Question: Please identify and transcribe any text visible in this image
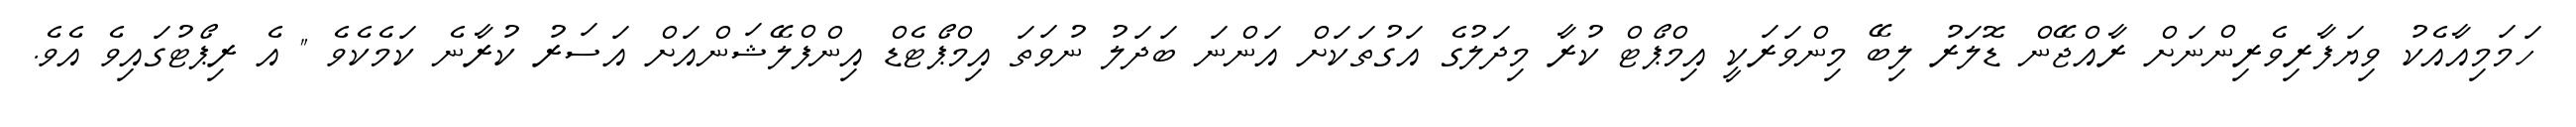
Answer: ހަމަމިއާއެކު ވިޔަފާރިވެރިންނަށް ރާއްޖޭން ޑޮލަރު ލިބޭ މިންވަރަކީ އިމްޕޯޓް ކުރާ މިދަލުގެ އަގުތަކަށް އަންނަ ބަދަލު ނުވަތަ އިމްޕޯޓެޑް އިންފްލޭޝަންއަށް އަސަރު ކުރާނެ ކަމެކެވެ " އެ ރިޕޯޓުގައިވެ އެވެ.